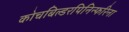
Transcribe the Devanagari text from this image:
कोचबिल्डरपिनिन्फरिना